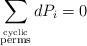
LaTeX: \begin{align*}\sum_{\stackrel{\rm{cyclic}}{\rm{perms}}} d P_{i} =0\end{align*}